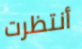
أنتظرت